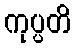
ကုပ္ပတိ